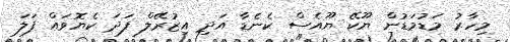
މިހާރު މަޑުމަޑުން ޔޫކޭ ޔޫއެސް ކެނެޑާ އަދި އިޒުރޭލް ފަދަ ކެޔޮވައް ފަލަ